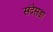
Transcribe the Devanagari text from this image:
संदेसडा